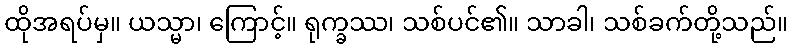
ထိုအရပ်မှ။ ယသ္မာ၊ ကြောင့်။ ရုက္ခဿ၊ သစ်ပင်၏။ သာခါ၊ သစ်ခက်တို့သည်။